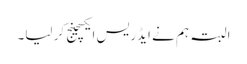
البتہ ہم نے ایڈریس ایکسچینج کر لیا۔